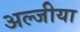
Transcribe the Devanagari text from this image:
अल्जीया